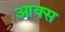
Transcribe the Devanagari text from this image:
आक्स